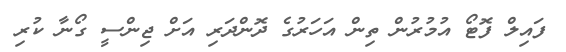
ފައިލް ފޮޓޯ އުމުރުން ތިން އަހަރުގެ ދޮންދަރި އަށް ޖިންސީ ގޯނާ ކުރި